Lunatic asylums in Bengal annual reports 1888-1898 - 1888-1898
Year: 1888
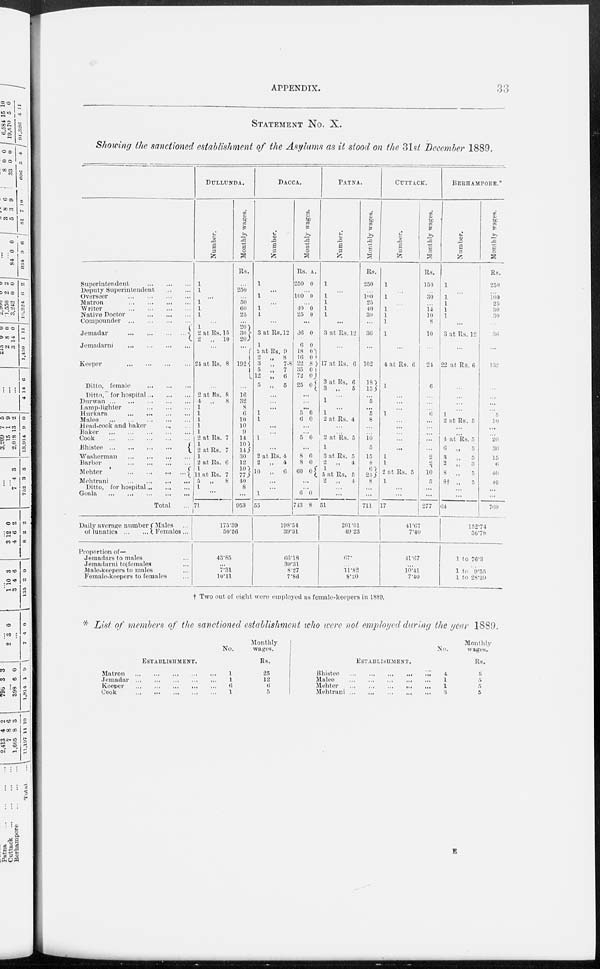
APPENDIX.
33
STATEMENT NO. X.
Showing the sanctioned establishment of the Asylums as it stood on the 31st December 1889.
Superintendent
...
...
...
Deputy Superintendent ... ...
Overseer
...
...
...
...
Matron
...
...
...
...
Writer
...
...
...
...
Native Doctor
...
...
Compounder
...
...
...
...
Jemadar
...
...
...
...
Jemadarni
...
...
...
...
Keeper
...
...
...
...
Ditto, female
...
...
...
Ditto, for hospital ... ... ...
Durwan
...
...
...
...
...
Lamp-lighter
...
...
...
...
Hurkara
...
...
...
...
Malee
...
...
...
...
Head-cook and baker ... ...
Baker ... ... ... ... ... ...
Cook ... ... ... ... ... ...
Bhistee ... ... ... ... ... ...
Washerman
...
...
...
...
Barber
...
...
...
...
Mehter
...
...
...
...
Mehtrani
...
...
...
...
Ditto, for hospital ... ... ...
Goala ... ... ... ... ... ...
Total ...
DULLUNDA.
Number.
1
1
...
1
1
1
...
1
2 at Rs. 15
2 „ 10
...
24 at Rs. 8
...
2 at Rs. 8
4 „
8
1
1
1
1
1
2 at Rs. 7
1
2 at Rs. 7
1
2 at Rs. 6
1
11 at Rs. 7
5 „
8
1
...
71
Monthly wages.
Rs.
...
250
...
50
60
25
... 20
30
20
...
192
16
32
8
6
10
10
5)
14
10
14
30
12
10
77
40
8
953
DACCA.
Number.
1
...
1
...
1
1
...
3 at Rs.12
1
2 at Rs. 9
2 „ 8
3 „ 7-8
5 „ 7
12 „ 6
5 „ 5
...
...
...
1
1
...
...
1
...
2 at Rs. 4
2 „ 4
10 „ 6
...
...
1
55
Monthly wages.
Rs. A.
250 0
...
100 0
...
40 0
25 0
...
36 0
6 0
18 0
16 0
22 8
35 0
72 0
25 0
...
...
5 0
6 0
...
...
5 0
...
8 0
8 0
60 0
...
...
6 0
713 8
PATNA.
Number.
1
...
1
1
1
1
...
3 at Rs. 12
...
17 at Rs. 6
3 at Rs. 6
3 „
5
...
1
...
1
2 at Rs. 4
...
...
2 at Rs. 5
1
3 at Rs. 5
2 „
4
1
5 at Rs. 5
2 „
4
...
...
51
Monthly wages.
Rs.
250
...
100
25
40
30
...
36
...
102
18
15
...
5
...
5
8
...
...
10
5
15
8
6
25
8
...
...
711
CUTTACK.
Number.
1
...
1
...
1
1
1
1
...
4 at Rs. 6
1
...
...
...
1
...
...
...
...
...
1
1
2 at Rs. 5
1
...
...
17
Monthly wages.
Rs.
150
...
30
...
14
10
8
10
...
24
6
...
...
6
...
...
...
...
...
2
2
10
5
...
...
277
BERHAMPORE.*
Number.
1
...
1
1
1
1
...
3 at Rs. 12
...
22 at Rs. 6
...
...
...
...
1
2 at Rs. 5
...
...
4 at Rs. 5
6 „
5
3 „
5
2 „
3
8 „
5
8† „ 5
...
...
64
Monthly wages.
Rs.
250
...
100
25
30
30
...
36
...
132
...
...
...
...
5
10
...
20
30
15
6
40
10
...
...
769
Daily average number
of lunatics
...
...
Males...
Females...
Proportion of—
Jemadars to males...
Jemadarni to females...
Male-keepers to males...
Female-keepers to females...
175.39
50.56
43.85
...
7.31
10.11
198.54
39.31
66.18
39.31
8.27
7.86
201.01
49.23
67.
...
11.82
8.20
41.67
7.40
41.67
...
10.41
7.40
152.74
56.78
1 to 76.3
....
1 to 9.55
1 to 28.39
† Two out of eight were employed as female-keepers in 1889.
* List of members of the sanctioned establishment who were not employed during the year 1889.
ESTABLISHMENT.
Matron
...
...
...
...
...
Jemadar
...
...
...
...
...
Keeper
...
...
...
...
...
Cook
...
...
...
...
...
No.
1
1
6
1
Monthly
wages.
Rs.
25
12
6
5
ESTABLISHMENT.
Bhistee ... ... ... ... ...
Malee
...
...
...
...
...
Mehter
...
...
...
...
...
Mehtrani
...
...
...
...
...
No.
4
1
1
3
Monthly
wages.
Rs.
5
5
5
6
E